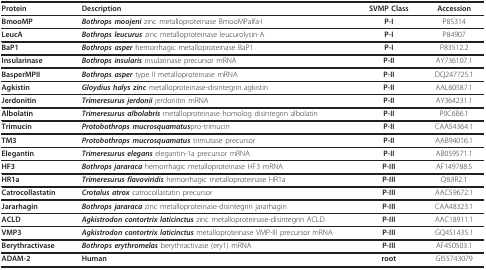
<table><thead><tr><td><b>Protein</b></td><td><b>Description</b></td><td><b>SVMP Class</b></td><td><b>Accession</b></td></tr></thead><tbody><tr><td><b>BmooMP</b></td><td><b><i>Bothrops moojeni </i></b>zinc metalloproteinase BmooMPalfa-I</td><td><b>P-I</b></td><td>P85314</td></tr><tr><td><b>LeucA</b></td><td><b><i>Bothrops leucurus </i></b>zinc metalloproteinase leucurolysin-A</td><td><b>P-I</b></td><td>P84907</td></tr><tr><td><b>BaP1</b></td><td><b><i>Bothrops asper </i></b>hemorrhagic metalloproteinase BaP1</td><td><b>P-I</b></td><td>P83512.2</td></tr><tr><td><b>Insularinase</b></td><td><b><i>Bothrops insularis </i></b>insularinase precursor mRNA</td><td><b>P-II</b></td><td>AY736107.1</td></tr><tr><td><b>BasperMPII</b></td><td><b><i>Bothrops asper </i></b>type II metalloproteinase mRNA</td><td><b>P-II</b></td><td>DQ247725.1</td></tr><tr><td><b>Agkistin</b></td><td><b><i>Gloydius halys zinc </i></b>metalloproteinase-disintegrin agkistin</td><td><b>P-II</b></td><td>AAL60587.1</td></tr><tr><td><b>Jerdonitin</b></td><td><b><i>Trimeresurus jerdonii </i></b>jerdonitin mRNA</td><td><b>P-II</b></td><td>AY364231.1</td></tr><tr><td><b>Albolatin</b></td><td><b><i>Trimeresurus albolabris </i></b>metalloproteinase homolog disintegrin albolatin</td><td><b>P-II</b></td><td>P0C6B6.1</td></tr><tr><td><b>Trimucin</b></td><td><b><i>Protobothrops mucrosquamatus</i></b>pro-trimucin</td><td><b>P-II</b></td><td>CAA54364.1</td></tr><tr><td><b>TM3</b></td><td><b><i>Protobothrops mucrosquamatus </i></b>trimutase precursor</td><td><b>P-II</b></td><td>AAB94016.1</td></tr><tr><td><b>Elegantin</b></td><td><b><i>Trimeresurus elegans </i></b>elegantin-1a precursor mRNA</td><td><b>P-II</b></td><td>AB059571.1</td></tr><tr><td><b>HF3</b></td><td><b><i>Bothrops jararaca </i></b>hemorrhagic metalloproteinase HF3 mRNA</td><td><b>P-III</b></td><td>AF149788.5</td></tr><tr><td><b>HR1a</b></td><td><b><i>Trimeresurus flavoviridis </i></b>hemorrhagic metalloproteinase HR1a</td><td><b>P-III</b></td><td>Q8JIR2.1</td></tr><tr><td><b>Catrocollastatin</b></td><td><b><i>Crotalus atrox </i></b>catrocollastatin precursor</td><td><b>P-III</b></td><td>AAC59672.1</td></tr><tr><td><b>Jararhagin</b></td><td><b><i>Bothrops jararaca </i></b>zinc metalloproteinase-disintegrin jararhagin</td><td><b>P-III</b></td><td>CAA48323.1</td></tr><tr><td><b>ACLD</b></td><td><b><i>Agkistrodon contortrix laticinctus </i></b>zinc metalloproteinase-disintegrin ACLD</td><td><b>P-III</b></td><td>AAC18911.1</td></tr><tr><td><b>VMP3</b></td><td><b><i>Agkistrodon contortrix laticinctus </i></b>metalloproteinase VMP-III precursor mRNA</td><td><b>P-III</b></td><td>GQ451435.1</td></tr><tr><td><b>Berythractivase</b></td><td><b><i>Bothrops erythromelas </i></b>berythractivase (ery1) mRNA</td><td><b>P-III</b></td><td>AF450503.1</td></tr><tr><td><b>ADAM-2</b></td><td><b>Human</b></td><td><b>root</b></td><td>GI55743079</td></tr></tbody></table>